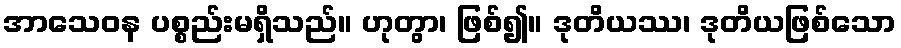
အာသေဝန ပစ္စည်းမရှိသည်။ ဟုတွာ၊ ဖြစ်၍။ ဒုတိယဿ၊ ဒုတိယဖြစ်သော